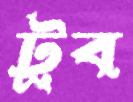
টুব